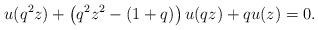
LaTeX: \begin{align*}u(q^{2}z)+\left(q^{2}z^{2}-(1+q)\right)u(qz)+qu(z)=0.\end{align*}